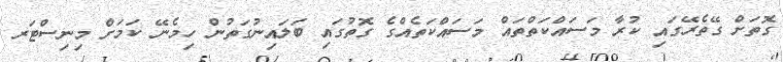
ގޮތަށް ގޭތެރޭގައި ކުރާ މަސައްކަތްތައް މަސައްކަތެއްގެ ގޮތުގައި ބަލައިނުގަތުން ހިމެނޭ ކަމަށް މިނިސްޓަރ